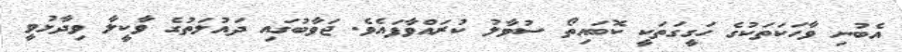
އެބުނި ވާހަކަތަކުގެ ހަގީގަތަކީ ކޮބައިތޯ ސުވާލު ކުރައްވާފައެވެ. ޖަވާބުގައި ދައުލަތުގެ ވާކީލާ ވިދާޅުވީ